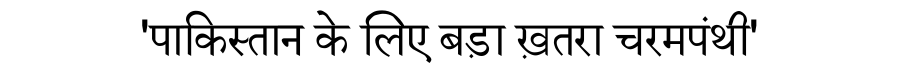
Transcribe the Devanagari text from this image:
'पाकिस्तान के लिए बड़ा ख़तरा चरमपंथी'